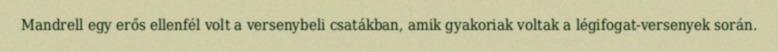
Mandrell egy erős ellenfél volt a versenybeli csatákban, amik gyakoriak voltak a légifogat-versenyek során.